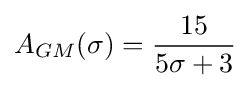
A_{GM}(\sigma )={\frac {15}{5\sigma +3}}